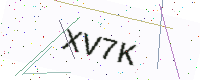
Text: XV7K